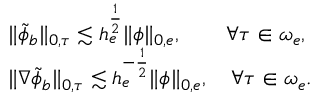
\begin{array} { r l } & { \| \tilde { \phi } _ { b } \| _ { 0 , \tau } \lesssim h _ { e } ^ { \frac { 1 } { 2 } } \| \phi \| _ { 0 , e } , \quad \quad \forall \tau \in \omega _ { e } , } \\ & { \| \nabla \tilde { \phi } _ { b } \| _ { 0 , \tau } \lesssim h _ { e } ^ { - \frac { 1 } { 2 } } \| \phi \| _ { 0 , e } , \quad \forall \tau \in \omega _ { e } . } \end{array}